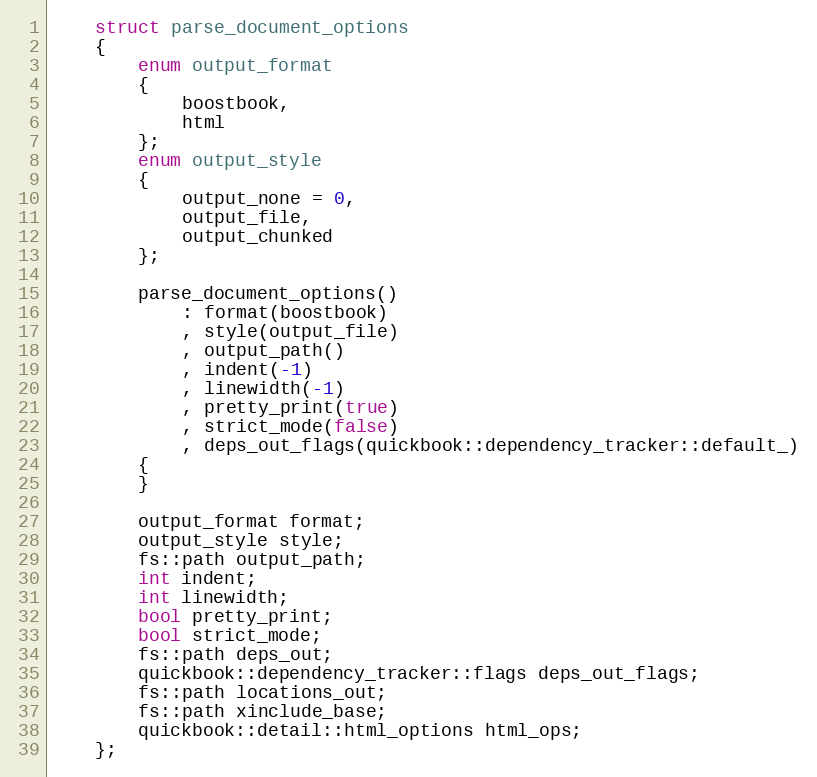
Language: C++
    struct parse_document_options
    {
        enum output_format
        {
            boostbook,
            html
        };
        enum output_style
        {
            output_none = 0,
            output_file,
            output_chunked
        };

        parse_document_options()
            : format(boostbook)
            , style(output_file)
            , output_path()
            , indent(-1)
            , linewidth(-1)
            , pretty_print(true)
            , strict_mode(false)
            , deps_out_flags(quickbook::dependency_tracker::default_)
        {
        }

        output_format format;
        output_style style;
        fs::path output_path;
        int indent;
        int linewidth;
        bool pretty_print;
        bool strict_mode;
        fs::path deps_out;
        quickbook::dependency_tracker::flags deps_out_flags;
        fs::path locations_out;
        fs::path xinclude_base;
        quickbook::detail::html_options html_ops;
    };